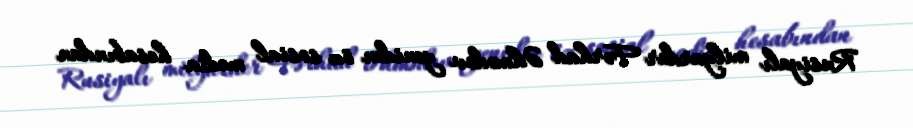
Rusiyalı milyarder Fərhad Əhmədov yenidən öz sosial media hesabından